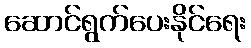
ဆောင်ရွက်ပေးနိုင်ရေး